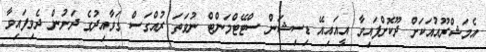
އެމަޝްރޫއުއަކަށް ދޫކޮށްފައިވާ އީއައިއޭ ޑިސިޝަން ސްޓޭޓްމަންޓް ނުވަތަ ރުއްގަސް ގަވާއިދުގެ ދަށުން ދެވިފައިވާ